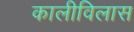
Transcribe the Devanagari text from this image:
कालीविलास